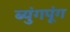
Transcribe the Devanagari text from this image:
ब्युंगपूंग